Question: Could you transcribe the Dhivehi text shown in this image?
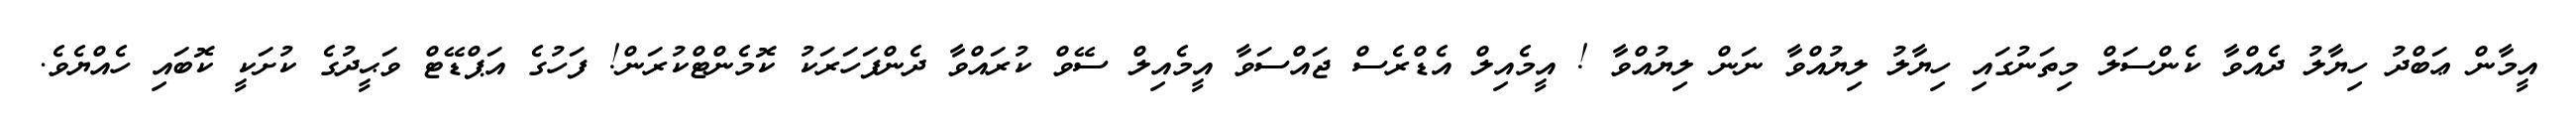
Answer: އީމާން ޢަބްދު ހިޔާލު ދެއްވާ ކެންސަލް މިތަނުގައި ހިޔާލު ލިޔުއްވާ ނަން ލިޔުއްވާ ! އީމެއިލް އެޑްރެސް ޖައްސަވާ އީމެއިލް ސޭވް ކުރައްވާ ދެންފަހަރަކު ކޮމެންޓްކުރަން! ފަހުގެ އަޕްޑޭޓް ވަޙީދުގެ ކުށަކީ ކޮބައި ހެއްޔެވެ.